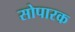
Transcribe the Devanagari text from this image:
सोपारक